Annual report of the Punjab Veterinary College and of the Civil Veterinary Department, Punjab - 1926-1932
Year: 1926
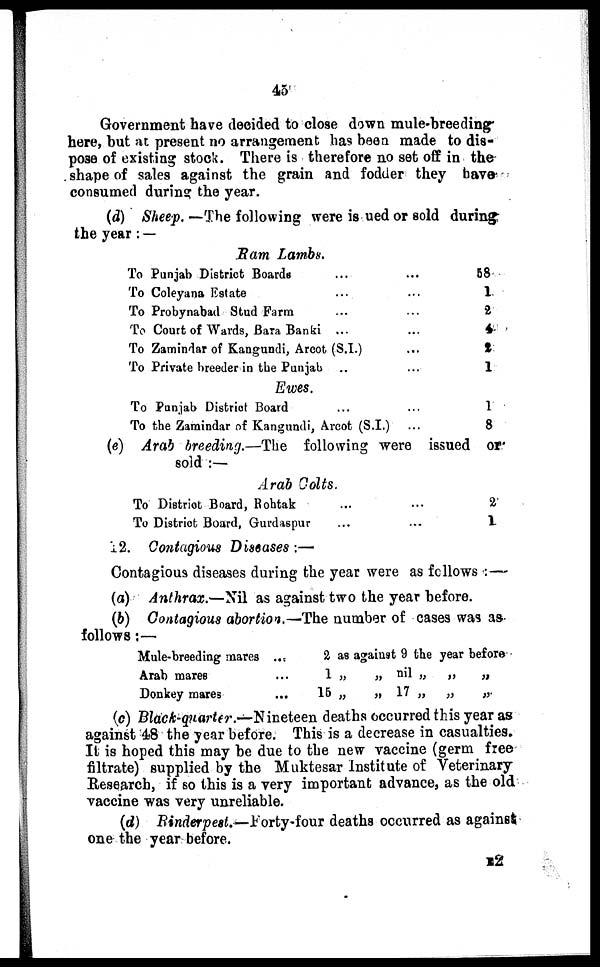
45
Government have decided to close down mule-breeding
here, but at present no arrangement has been made to dis-
pose of existing stock. There is therefore no set off in the
shape of sales against the grain and fodder they have
consumed during the year.
(d) Sheep. —The following were is ued or sold during
the year:—
Ram Lambs.
To Punjab District Boards ... ... ...
To Coleyana Estate ... ...
To Probynabad Stud Farm ...
To Court of Wards, Bara Banki ... ...
To Zamindar of Kangundi, Arcot (S.I.) ...
To Private breeder in the Punjab ... ...
Ewes.
To Punjab District Board ... ...
To the Zaraindar of Kangundi, Arcot (S.I.) ... ...
58
1
2
4
2
1
1
8
(e) Arab breeding.—The following were issued or
sold:—
Arab Colts.
To District Board, Rohtak ...
To District Board, Gurdaspur ... ...
12. Contagious Diseases:—
2
1
Contagious diseases during the year were as follows:—
(a) Anthrax.—Nil as against two the year before.
(b) Contagious abortion.—The number of cases was as
follows:—
Mule-breeding mares ...
Arab mares ...
Donkey mares ...
2 as
1 „
15
„
against
„
„
9 the
nil „
17 „
year
„
„
before
„
„
(c) Black-quarter.—Nineteen deaths occurred this year as
against 48 the year before. This is a decrease in casualties.
It is hoped this may be due to the new vaccine (germ free
filtrate) supplied by the Muktesar Institute of Veterinary
Research, if so this is a very important advance, as the old
vaccine was very unreliable.
(d) Rinderpest.—Forty-four deaths occurred as against
one the year before.
E2